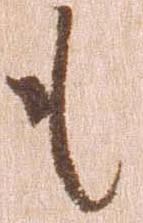
も